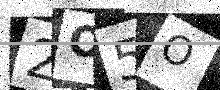
Text: 2O5O